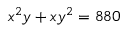
x ^ { 2 } y + x y ^ { 2 } = 8 8 0